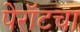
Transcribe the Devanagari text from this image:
पेरॉटचा